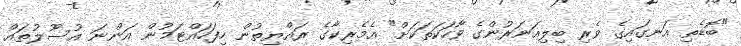
"ބޮޑެތި އަނގައިގެ ވެރި ބިލިއަނަރުންގެ ވާހަކަތަކަށް" އެމެރިކާގެ ރައްޔިތުން ހިފަހައްޓަމުން އަންނަ އުސޫލުތައް